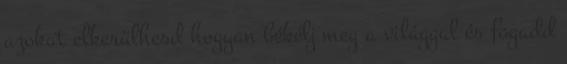
azokat elkerülhesd hogyan békélj meg a világgal és fogadd